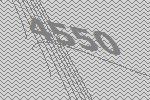
4550